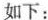
如下：